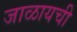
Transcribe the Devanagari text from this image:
जाळायची